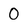
Character: 0